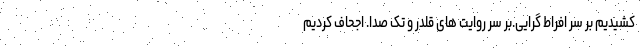
کشیدیم بر سر افراط گرایی.بر سر روایت های قلدر و تک صدا. اجحاف کردیم